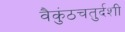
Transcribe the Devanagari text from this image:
वैकुंठचतुर्दशी